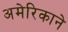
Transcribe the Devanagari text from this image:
अमेरिकाने